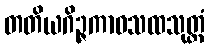
တတိယဂိဉ္ဇကာဝသထသုတ္တံ